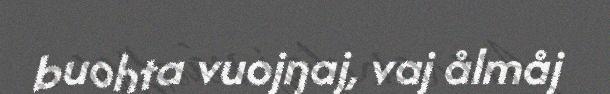
buohta vuojŋaj, vaj ålmåj